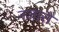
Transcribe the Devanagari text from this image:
नजारो